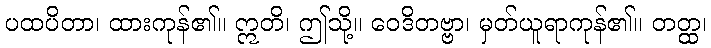
ပထပိတာ၊ ထားကုန်၏။ ဣတိ၊ ဤသို့။ ဝေဒိတဗ္ဗာ၊ မှတ်ယူရာကုန်၏။ တတ္ထ၊